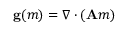
\mathbf { g } ( m ) = \nabla \cdot ( \mathbf { A } m )